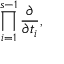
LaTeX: \prod _ { i = 1 } ^ { s - 1 } \frac { \partial } { \partial t _ { i } } ,